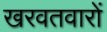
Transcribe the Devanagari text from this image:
खरवतवारों